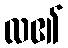
လ၏